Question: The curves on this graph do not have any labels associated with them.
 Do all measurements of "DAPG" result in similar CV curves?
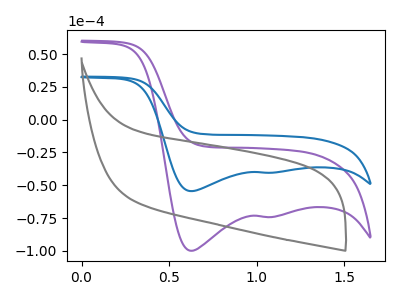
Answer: <think>The purple curve "purple" has cathodic peaks at (0.60V, -99.95uA) (1.05V, -74.20uA). The blue curve "blue" has cathodic peaks at (0.60V, -54.50uA) (1.05V, -40.45uA). The gray curve "gray" has no peaks.
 All the peaks in "purple" have a peak in "blue" at the same potential. Every peak in "purple" is higher than every peak in "blue". "purple" and "gray" have a different number of peaks. "blue" and "gray" have a different number of peaks.</think>
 <answer>All the CV's of "DAPG" have similar shape.</answer>
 <eval>follow_rule</eval>